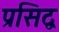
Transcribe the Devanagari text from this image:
प्रसिद्व